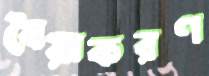
বৈয়াকরণ